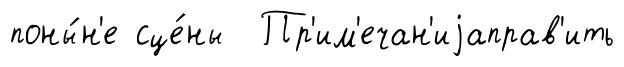
поны́н'е сце́ны Пр'им'ечан'иjаправ'ить